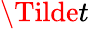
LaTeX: \Tilde{t}